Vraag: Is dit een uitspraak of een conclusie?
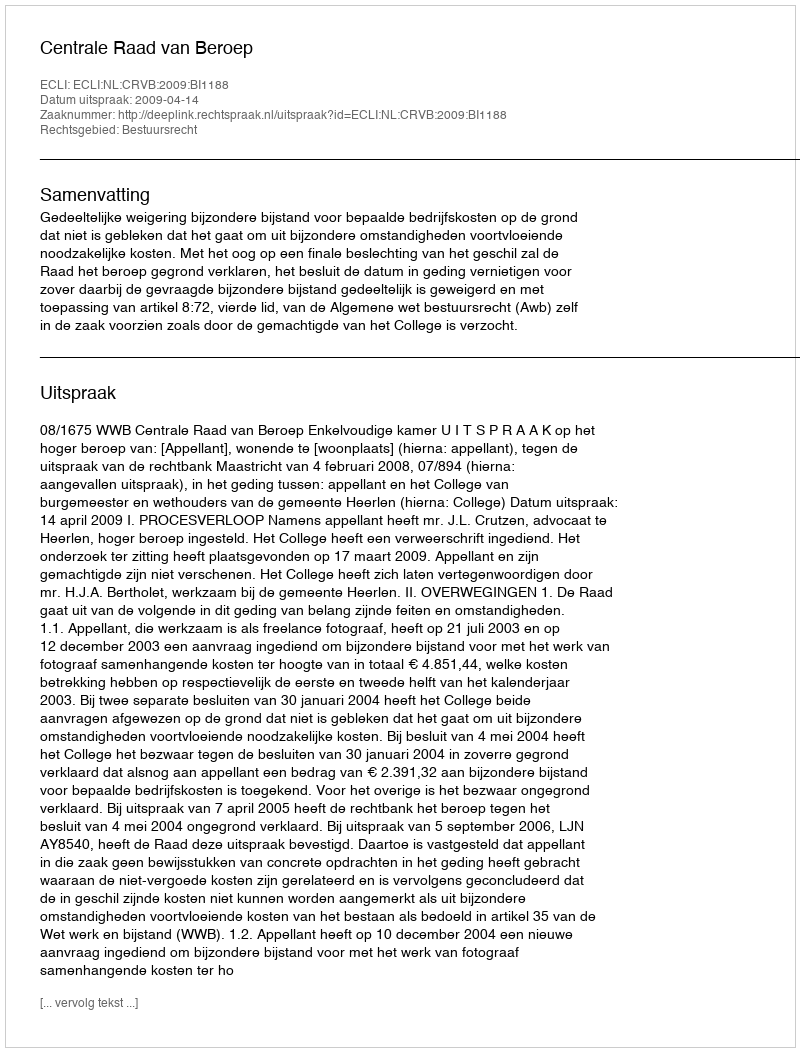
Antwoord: Uitspraak